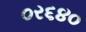
૦ર૬૪૦